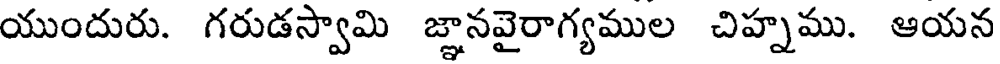
యుందురు. గరుడస్వామి జ్ఞానవైరాగ్యముల చిహ్నము. ఆయన